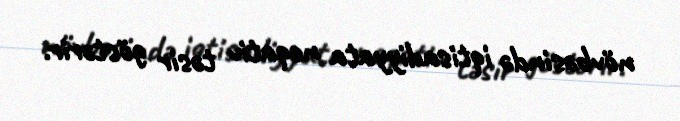
növbəsində iqtisadiyyata neqativ təsir göstərir.